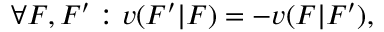
\forall F , F ^ { \prime } : v ( F ^ { \prime } | F ) = - v ( F | F ^ { \prime } ) ,